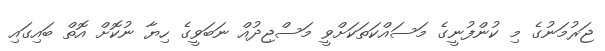
ޖަރުމަނުގެ މި ކުންފުނީގެ މަސައްކަތަކަށްވީ މަސްޖިދުއް ނަބަވީގެ ހިޔާ ނުކޮށް އޮތް ބައިގައި